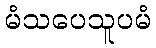
မံသပေသူပမံ